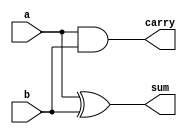
`timescale 1ns / 1ps
//////////////////////////////////////////////////////////////////////////////////
// Company: 
// Engineer: 
// 
// Design Name: 
// Module Name: half_adder1
// Project Name: 
// Target Devices: 
// Tool Versions: 
// Description: 
// 
// Dependencies: 
// 
// Revision:
// Revision 0.01 - File Created
// Additional Comments:
// 
//////////////////////////////////////////////////////////////////////////////////


module half_adder1(
    input a,
    input b,
    output sum,
    output carry
    );
    assign sum=a^b;
    assign carry=a&b;
endmodule